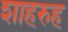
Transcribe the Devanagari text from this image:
शाहरुह